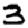
Digit: 3